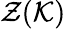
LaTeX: \mathcal{Z}(\mathcal{K})